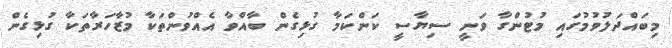
މިބައްދަލުވުމުގައި މުޓުންގާ ވަނީ ސިޔާސީ ކަންކަމާ ގުޅިގެން ބާއްވާ އެއްވުންތަކާ މުޒާހަރާތަކާ ގުޅިގެން